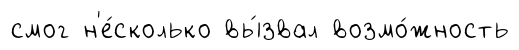
смог н'е́сколько вы́звал возмо́жность